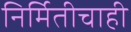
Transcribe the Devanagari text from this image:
निर्मितीचाही